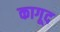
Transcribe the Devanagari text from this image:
कागूद